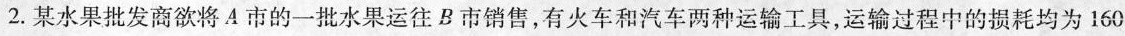
2.某水果批发商欲将A市的一批水果运往B市销售，有火车和汽车两种运输工具，运输过程中的损耗均为160